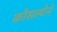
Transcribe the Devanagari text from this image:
कौसल्येने